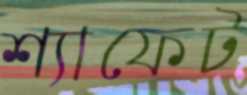
শ্যাফেট